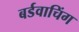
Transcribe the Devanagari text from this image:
बर्डवाचिंग